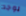
يوجد